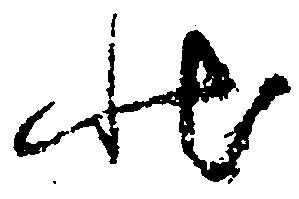
状